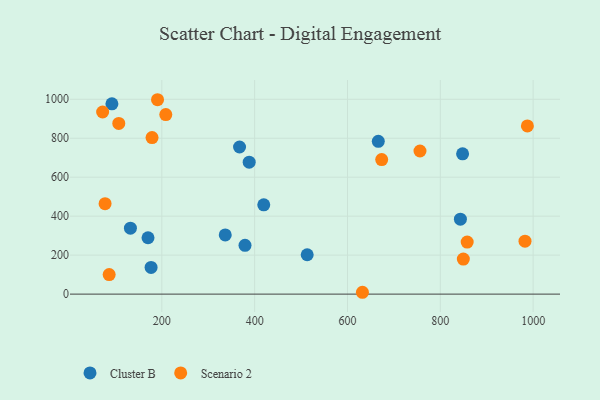
{"axis": {"x": "Study Hours", "y": "Sales"}, "legend": ["Cluster B", "Scenario 2"], "data": [{"x": "367.4", "y": 755.1, "type": "Cluster B"}, {"x": "336.6", "y": 303.7, "type": "Cluster B"}, {"x": "848.0", "y": 719.8, "type": "Cluster B"}, {"x": "419.6", "y": 458.1, "type": "Cluster B"}, {"x": "92.4", "y": 976.8, "type": "Cluster B"}, {"x": "513.2", "y": 201.9, "type": "Cluster B"}, {"x": "170.2", "y": 289.3, "type": "Cluster B"}, {"x": "132.3", "y": 338.6, "type": "Cluster B"}, {"x": "379.2", "y": 250.6, "type": "Cluster B"}, {"x": "843.3", "y": 384.7, "type": "Cluster B"}, {"x": "388.2", "y": 677.4, "type": "Cluster B"}, {"x": "176.8", "y": 136.7, "type": "Cluster B"}, {"x": "666.4", "y": 784.0, "type": "Cluster B"}, {"x": "77.7", "y": 464.0, "type": "Scenario 2"}, {"x": "987.6", "y": 863.1, "type": "Scenario 2"}, {"x": "857.9", "y": 266.9, "type": "Scenario 2"}, {"x": "190.7", "y": 997.7, "type": "Scenario 2"}, {"x": "72.4", "y": 934.7, "type": "Scenario 2"}, {"x": "86.5", "y": 100.1, "type": "Scenario 2"}, {"x": "107.2", "y": 876.0, "type": "Scenario 2"}, {"x": "208.5", "y": 921.4, "type": "Scenario 2"}, {"x": "178.9", "y": 803.4, "type": "Scenario 2"}, {"x": "982.5", "y": 271.5, "type": "Scenario 2"}, {"x": "756.2", "y": 734.6, "type": "Scenario 2"}, {"x": "632.2", "y": 9.4, "type": "Scenario 2"}, {"x": "849.6", "y": 179.9, "type": "Scenario 2"}, {"x": "673.7", "y": 690.7, "type": "Scenario 2"}]}